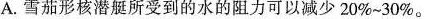
A.雪茄形核潜艇所受到的水的阻力可以减少20%~30%。